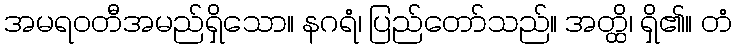
အမရဝတီအမည်ရှိသော။ နဂရံ၊ ပြည်တော်သည်။ အတ္ထိ၊ ရှိ၏။ တံ